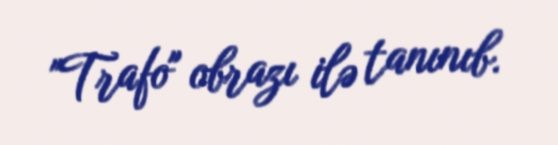
"Trafo" obrazı ilə tanınıb.